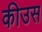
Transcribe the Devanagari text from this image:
कीउस